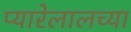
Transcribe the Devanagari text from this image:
प्यारेलालच्या